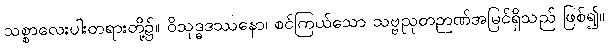
သစ္စာလေးပါးတရားတို့၌။ ဝိသုဒ္ဓဒဿနော၊ စင်ကြယ်သော သဗ္ဗညုတဉာဏ်အမြင်ရှိသည် ဖြစ်၍။